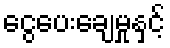
ငွေပေးချေမှုနှင့်